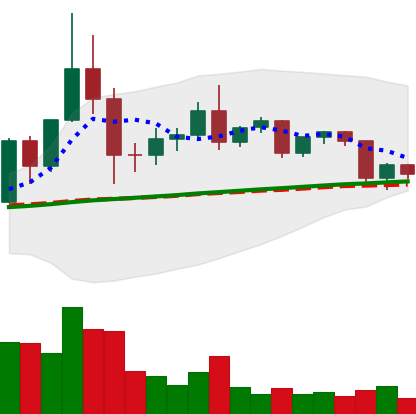
Ticker: TRX-USD
Chart end date: 2020-12-10
Forward return: 3.766%
Label: up_3_5